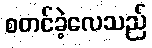
စတင်ခဲ့လေသည်